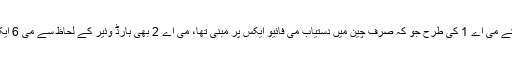
گزشتہ سال کے می اے 1 کی طرح جو کہ صرف چین میں دستیاب می فائیو ایکس پر مبنی تھا، می اے 2 بھی ہارڈ وئیر کے لحاظ سے می 6 ایکس جیسا ہے۔